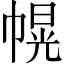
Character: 幌